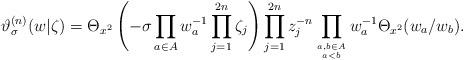
LaTeX: \begin{align*}\vartheta^{(n)}_\sigma (w|\zeta )=\Theta_{x^2} \left( -\sigma \prod_{a\in A} w_a^{-1} \prod_{j=1}^{2n}\zeta_j \right) \prod_{j=1}^{2n}z_j^{-n} \prod_{a,b\in A\atop a<b} w_a^{-1} \Theta_{x^2} (w_a /w_b ). \end{align*}